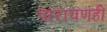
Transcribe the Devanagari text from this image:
पारायणही